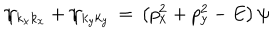
\psi _ { k _ { x } k _ { x } } + \psi _ { k _ { y } k _ { y } } \, = \, \left( p _ { x } ^ { 2 } + p _ { y } ^ { 2 } - E \right) \psi